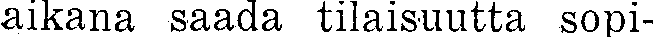
aikana saada tilaisuutta sopi-